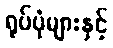
ရုပ်ပုံများနှင့်